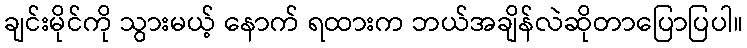
ချင်းမိုင်ကို သွားမယ့် နောက် ရထားက ဘယ်အချိန်လဲဆိုတာပြောပြပါ။